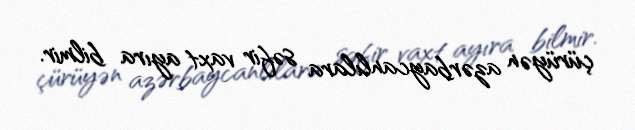
çürüyən azərbaycanlılara səfir vaxt ayıra bilmir.